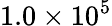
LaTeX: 1.0\times 10^{5}